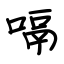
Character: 嗝